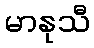
မာနုသီ